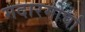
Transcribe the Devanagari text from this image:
मदारमोर्चा